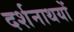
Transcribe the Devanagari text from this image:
दर्शनाथयों